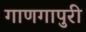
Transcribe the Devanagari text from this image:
गाणगापुरी